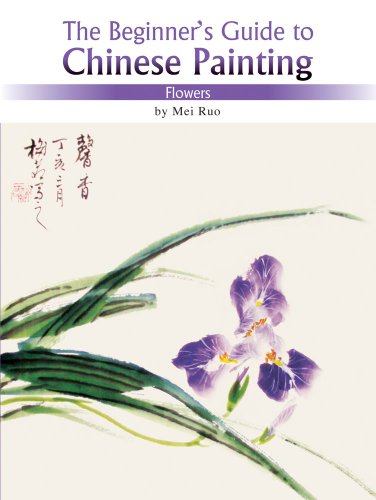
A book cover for Flowers: The Beginner's Guide to Chinese Painting; Mei Ruo; Arts & Photography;